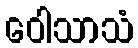
ဝေါသာသံ